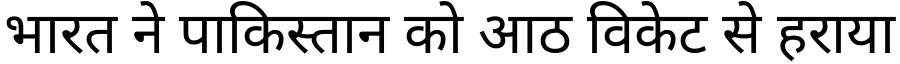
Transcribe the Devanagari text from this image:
भारत ने पाकिस्तान को आठ विकेट से हराया